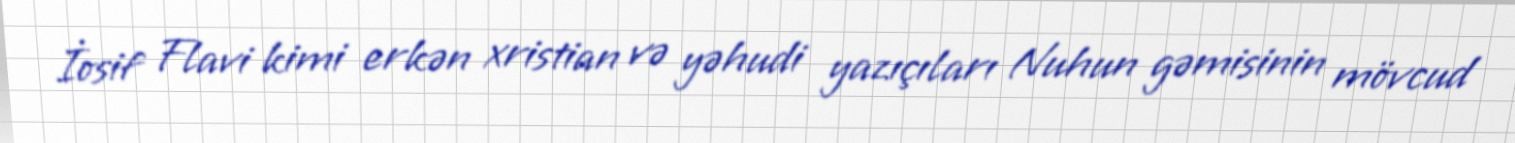
İosif Flavi kimi erkən xristian və yəhudi yazıçıları Nuhun gəmisinin mövcud